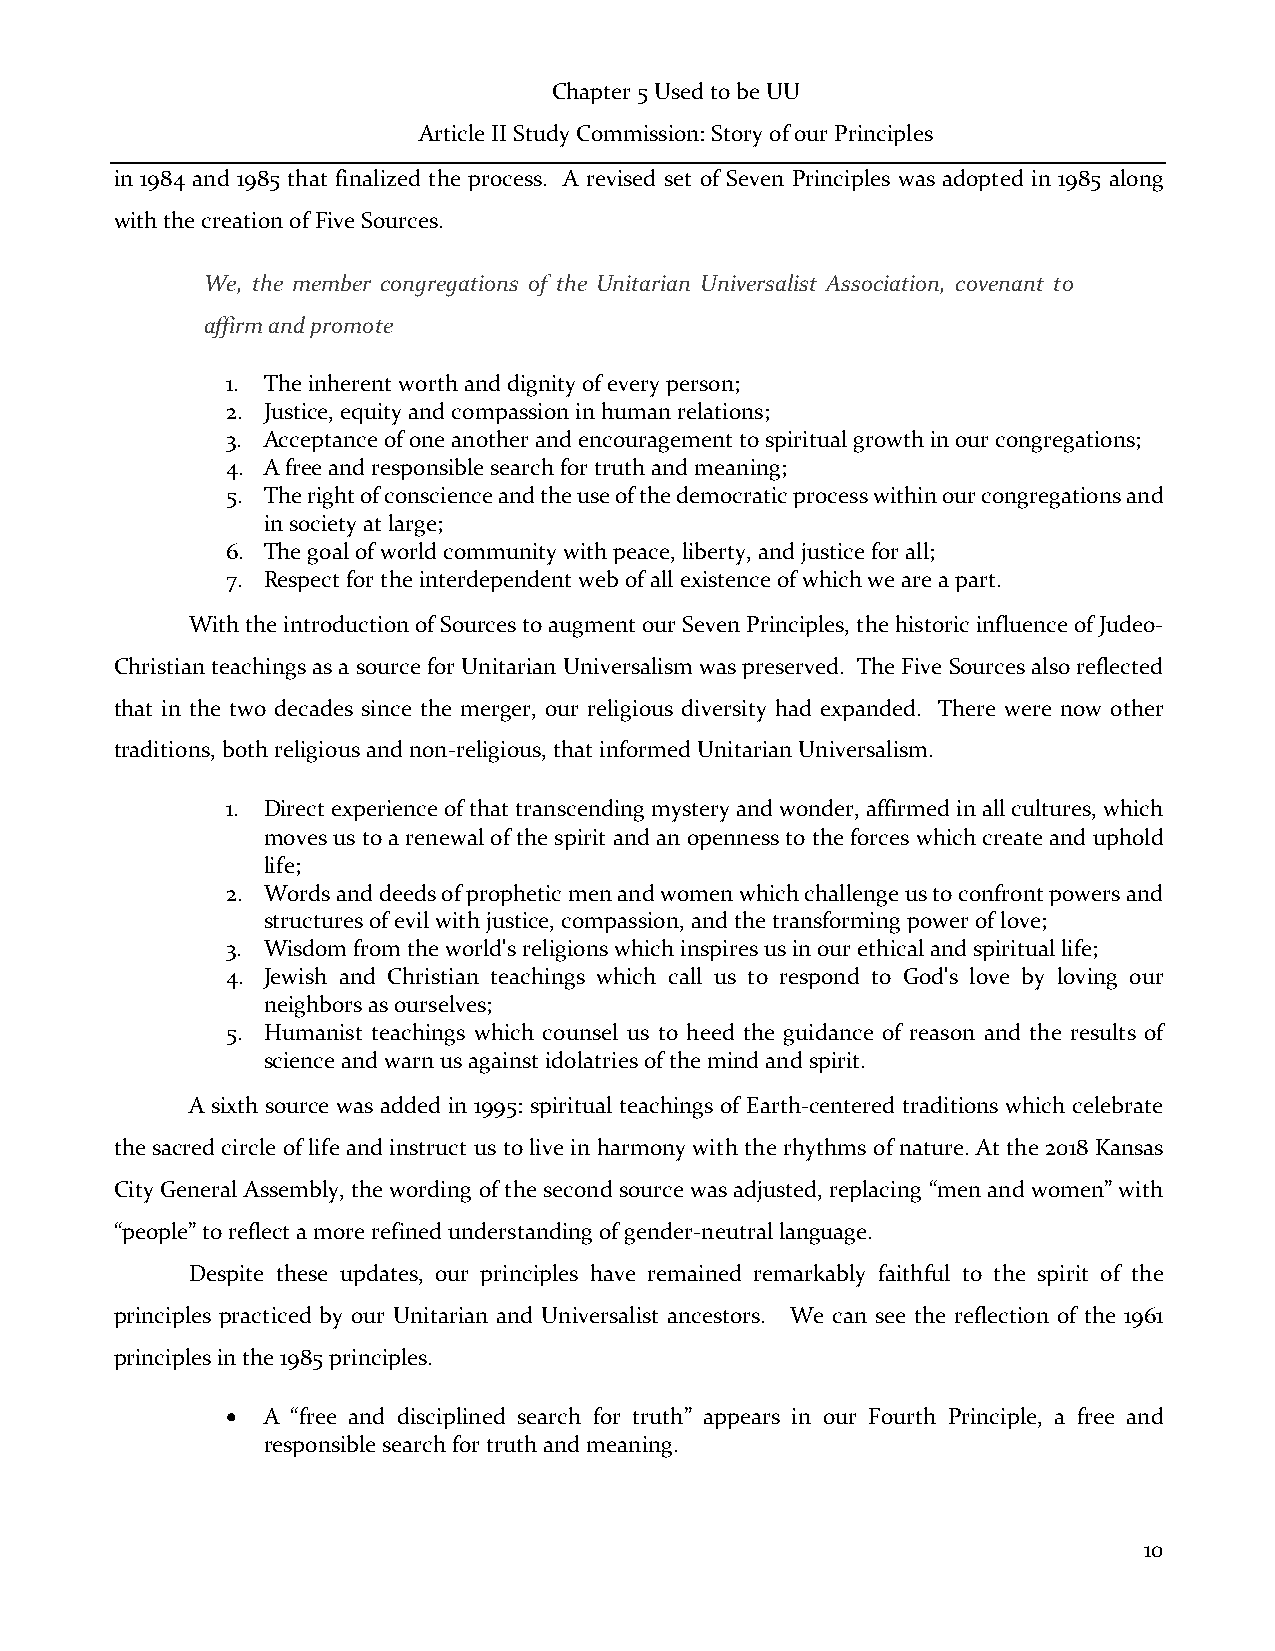
Chapter 5 Used to be UU
 Article II Study Commission: Story of our Principles
 in 1984 and 1985 that finalized the process. A revised set of Seven Principles was adopted in 1985 along
 with the creation of Five Sources.
 We, the member congregations of the Unitarian Universalist Association, covenant to
 affirm and promote
 1. The inherent worth and dignity of every person;
 2. Justice, equity and compassion in human relations;
 3. Acceptance of one another and encouragement to spiritual growth in our congregations;
 4. A free and responsible search for truth and meaning;
 5. The right of conscience and the use of the democratic process within our congregations and
 in society at large;
 6. The goal of world community with peace, liberty, and justice for all;
 7. Respect for the interdependent web of all existence of which we are a part.
 With the introduction of Sources to augment our Seven Principles, the historic influence of Judeo-
 Christian teachings as a source for Unitarian Universalism was preserved. The Five Sources also reflected
 that in the two decades since the merger, our religious diversity had expanded. There were now other
 traditions, both religious and non-religious, that informed Unitarian Universalism.
 1. Direct experience of that transcending mystery and wonder, affirmed in all cultures, which
 moves us to a renewal of the spirit and an openness to the forces which create and uphold
 life;
 2. Words and deeds of prophetic men and women which challenge us to confront powers and
 structures of evil with justice, compassion, and the transforming power of love;
 3. Wisdom from the world's religions which inspires us in our ethical and spiritual life;
 4. Jewish and Christian teachings which call us to respond to God's love by loving our
 neighbors as ourselves;
 5. Humanist teachings which counsel us to heed the guidance of reason and the results of
 science and warn us against idolatries of the mind and spirit.
 A sixth source was added in 1995: spiritual teachings of Earth-centered traditions which celebrate
 the sacred circle of life and instruct us to live in harmony with the rhythms of nature. At the 2018 Kansas
 City General Assembly, the wording of the second source was adjusted, replacing “men and women” with
 “people” to reflect a more refined understanding of gender-neutral language.
 Despite these updates, our principles have remained remarkably faithful to the spirit of the
 principles practiced by our Unitarian and Universalist ancestors. We can see the reflection of the 1961
 principles in the 1985 principles.
 • A “free and disciplined search for truth” appears in our Fourth Principle, a free and
 responsible search for truth and meaning.
 10